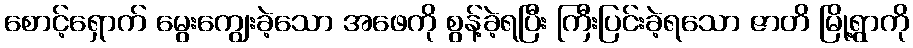
စောင့်ရှောက် မွေးကျွေးခဲ့သော အဖေကို စွန့်ခဲ့ရပြီး ကြီးပြင်းခဲ့ရသော ဇာတိ မြို့ရွာကို